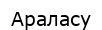
Араласу